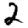
Digit: 2